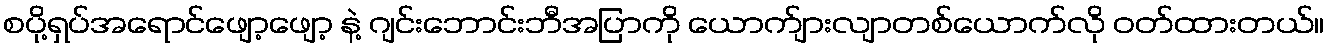
စပို့ရှပ်အရောင်ဖျော့ဖျော့ နဲ့ ဂျင်းဘောင်းဘီအပြာကို ယောက်ျားလျာတစ်ယောက်လို ဝတ်ထားတယ်။